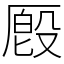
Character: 𪠔